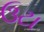
ઉટા